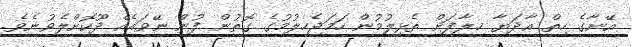
އޭނާގެ ހިތް އާދަޔާ ޚިލާފަށް ތެޅިލުމުން ހަމަޖެހިލުމުގެ ގޮތުން ފުން ނޭވައެއް ދޫކޮށްލެވުނެވެ.